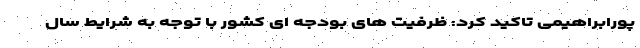
پورابراهیمی تاکید کرد: ظرفیت های بودجه ای کشور با توجه به شرایط سال